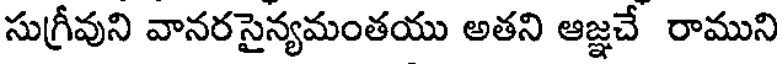
సుగ్రీవుని వానరసైన్యమంతయు అతని ఆజ్ఞచే రాముని